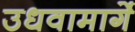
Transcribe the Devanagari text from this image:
उधवामार्गे